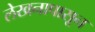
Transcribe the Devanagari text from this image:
लेखनापासून